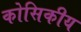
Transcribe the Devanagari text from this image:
कोसिकीय